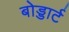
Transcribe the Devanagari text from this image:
बोड्डार्ट